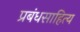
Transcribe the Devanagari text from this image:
प्रबंधसाहित्य